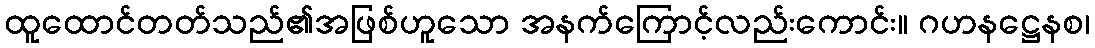
ထူထောင်တတ်သည်၏အဖြစ်ဟူသော အနက်ကြောင့်လည်းကောင်း။ ဂဟနဋ္ဌေနစ၊